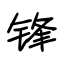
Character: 锋